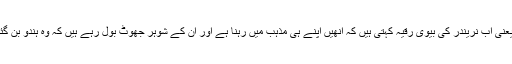
نوشاد یعنی اب نریندر کی بیوی رقیہ کہتی ہیں کہ انھیں اپنے ہی مذہب میں رہنا ہے اور ان کے شوہر جھوٹ بول رہے ہیں کہ وہ ہندو بن گئی ہے۔